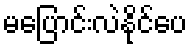
မပြောင်းလဲနိုင်ပေ